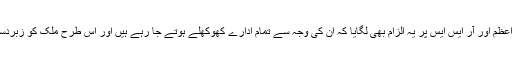
انہوں نے بھارتی وزیراعظم اور آر ایس ایس پر یہ الزام بھی لگایا کہ ان کی وجہ سے تمام ادارے کھوکھلے ہوتے جا رہے ہیں اور اس طرح ملک کو زبردست نقصان پہنچ رہا ہے۔